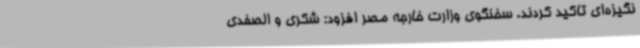
نگیزه‌ای تاکید کردند. سخنگوی وزارت خارجه مصر افزود: شکری و الصفدی